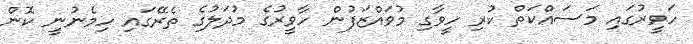
ހަވީރުގައި މަސައްކަތް ކުރި ހީވާގި މުވައްޒަފުން ހާވީރުގެ މުދަލުގެ ތެރޭގައި ހިމެނުނީ ކޮން